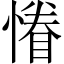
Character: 慻